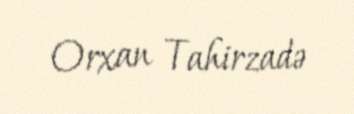
Orxan Tahirzadə